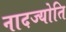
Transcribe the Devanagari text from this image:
नादज्योति